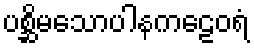
ပစ္ဆိမသောပါနကဠေဝရံ